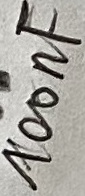
Text: 100nF